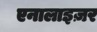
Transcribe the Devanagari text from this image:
एनालाइज़र